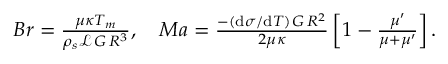
\begin{array} { r } { B r = \frac { \mu \kappa T _ { m } } { \rho _ { s } \mathcal { L } \, G \, R ^ { 3 } } , \quad M a = \frac { - ( \mathrm { d } \sigma / \mathrm { d } T ) \, G \, R ^ { 2 } } { 2 \mu \kappa } \left[ 1 - \frac { \mu ^ { \prime } } { \mu + \mu ^ { \prime } } \right] . } \end{array}